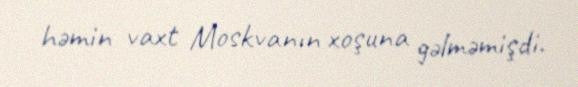
həmin vaxt Moskvanın xoşuna gəlməmişdi.